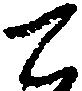
て